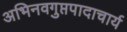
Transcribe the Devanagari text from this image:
अभिनवगुप्तपादाचार्य